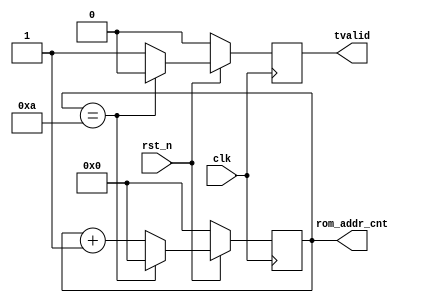
module floating_point_rom_addr_counter (
    input clk,
    input rst_n,
    output reg tvalid,
    output reg [3:0] rom_addr_cnt
);

always @(posedge clk) begin: blk_rom_addr_counter
    if (!rst_n) begin
        tvalid <= 1'b0;
        rom_addr_cnt <= 4'b0;
    end
    else
        if (rom_addr_cnt == 4'd10) begin
            tvalid <= 1'b0;
            rom_addr_cnt <= 4'd0;
        end
        else begin
            tvalid <= 1'b1;
            rom_addr_cnt <= rom_addr_cnt + 1;
        end
end

endmodule